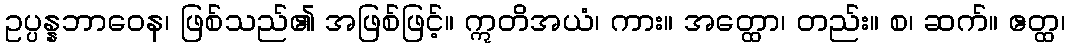
ဥပ္ပန္နဘာဝေန၊ ဖြစ်သည်၏ အဖြစ်ဖြင့်။ ဣတိအယံ၊ ကား။ အတ္ထော၊ တည်း။ စ၊ ဆက်။ ဧတ္ထ၊